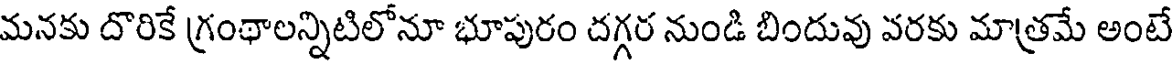
మనకు దొరికే గ్రంథాలన్నిటిలోనూ భూపురం దగ్గర నుండి బిందువు వరకు మాత్రమే అంటే